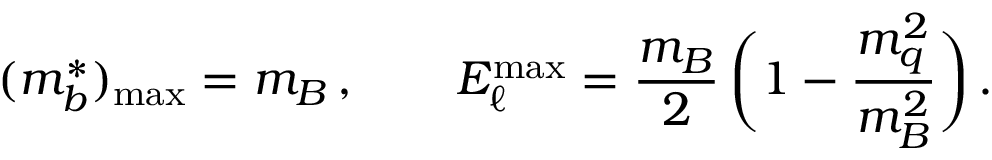
( m _ { b } ^ { * } ) _ { \mathrm { m a x } } = m _ { B } \, , \qquad E _ { \ell } ^ { \mathrm { m a x } } = { \frac { m _ { B } } { 2 } } \, \bigg ( 1 - { \frac { m _ { q } ^ { 2 } } { m _ { B } ^ { 2 } } } \bigg ) \, .